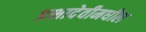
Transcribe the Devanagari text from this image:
प्रभादेवीमधील